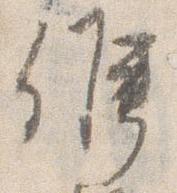
候